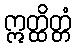
ဣတ္ထိတ္တံ